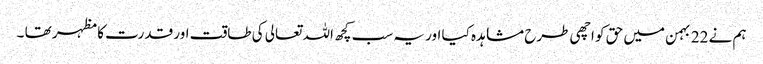
ہم نے 22 بہمن میں حق کو اچھی طرح مشاہدہ کیا اور یہ سب کچھ اللہ تعالی کی طاقت اور قدرت کا مظہر تھا ۔